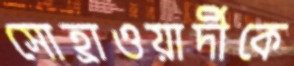
সোহ্রাওয়ার্দীকে